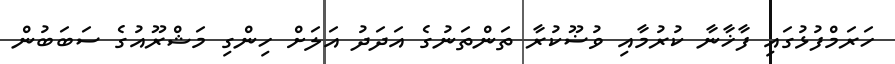
ހަރަމްފުޅުގައި ފާޚާނާ ކުރުމާއި ވުޟޫކުރާ ތަންތަނުގެ އަދަދު އަލަށް ހިންގި މަޝްރޫއުގެ ސަބަބުން